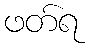
ဖတ်ရ